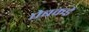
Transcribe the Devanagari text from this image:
पेबकडे